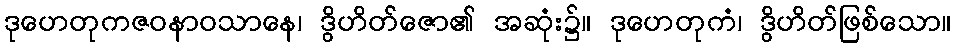
ဒုဟေတုကဇဝနာဝသာနေ၊ ဒွိဟိတ်ဇော၏ အဆုံး၌။ ဒုဟေတုကံ၊ ဒွိဟိတ်ဖြစ်သော။